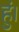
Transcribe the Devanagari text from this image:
हुं।